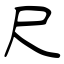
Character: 尺